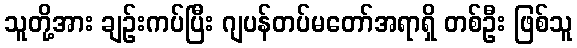
သူတို့အား ချဉ်းကပ်ပြီး ဂျပန်တပ်မတော်အရာရှိ တစ်ဦး ဖြစ်သူ